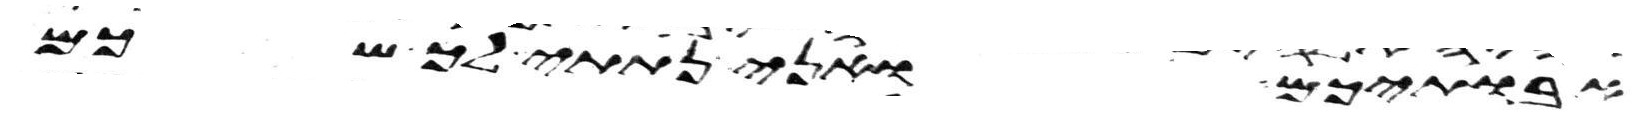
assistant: אבתיכם ואני נתתי לך שכם